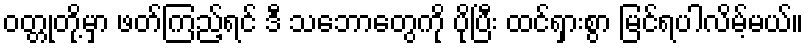
ဝတ္တုတို့မှာ ဖတ်ကြည့်ရင် ဒီ သဘောတွေကို ပိုပြီး ထင်ရှားစွာ မြင်ရပါလိမ့်မယ်။